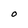
Character: O